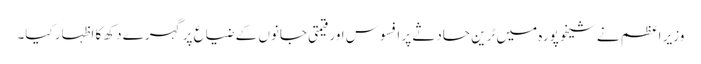
وزیر اعظم نے شیخوپورہ میں ٹرین حادثے پر افسوس اور قیمتی جانوں کے ضیاع پر گہرے دکھ کا اظہار کیا۔